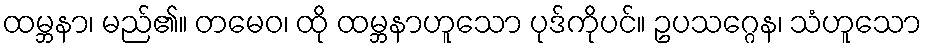
ထမ္ဘနာ၊ မည်၏။ တမေဝ၊ ထို ထမ္ဘနာဟူသော ပုဒ်ကိုပင်။ ဥပသဂ္ဂေန၊ သံဟူသော